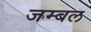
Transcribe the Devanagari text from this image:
जम्‍बल